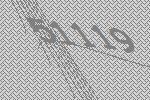
51119